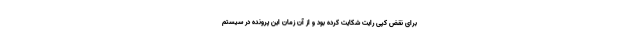
برای نقض کپی رایت شکایت کرده بود و از آن زمان این پرونده در سیستم